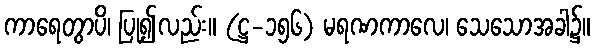
ကာရေတွာပိ၊ ပြု၍လည်း။ (ဋ္ဌ-၁၅၆) မရဏကာလေ၊ သေသောအခါ၌။